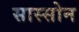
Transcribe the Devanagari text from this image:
सास्सोन